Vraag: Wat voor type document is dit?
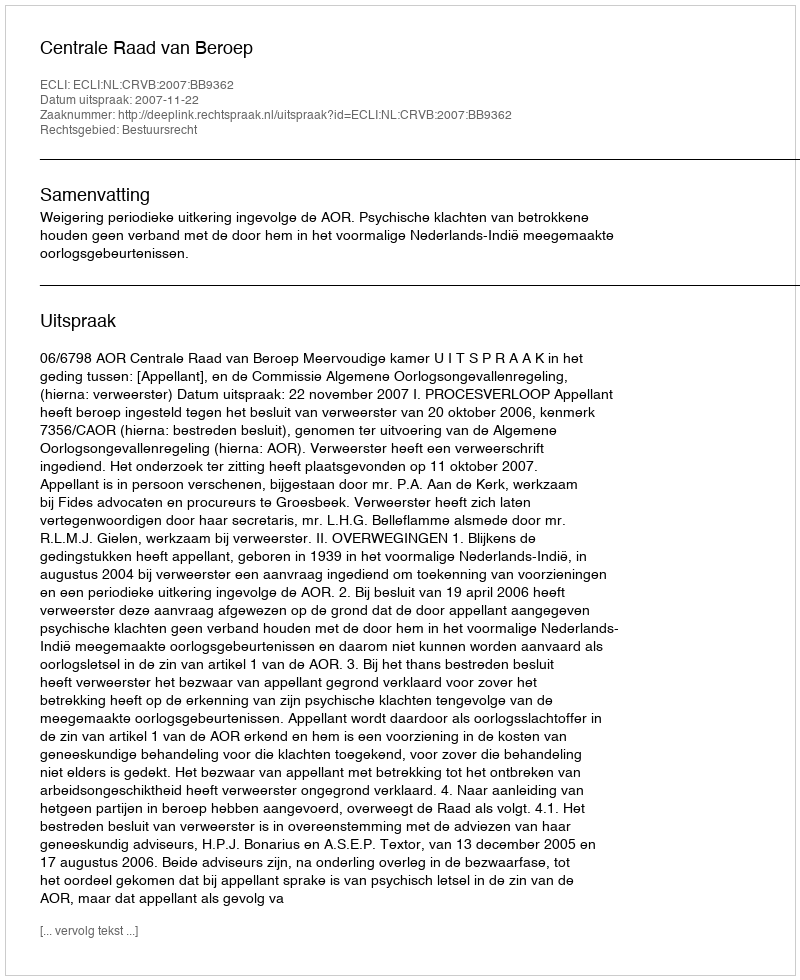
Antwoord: Uitspraak